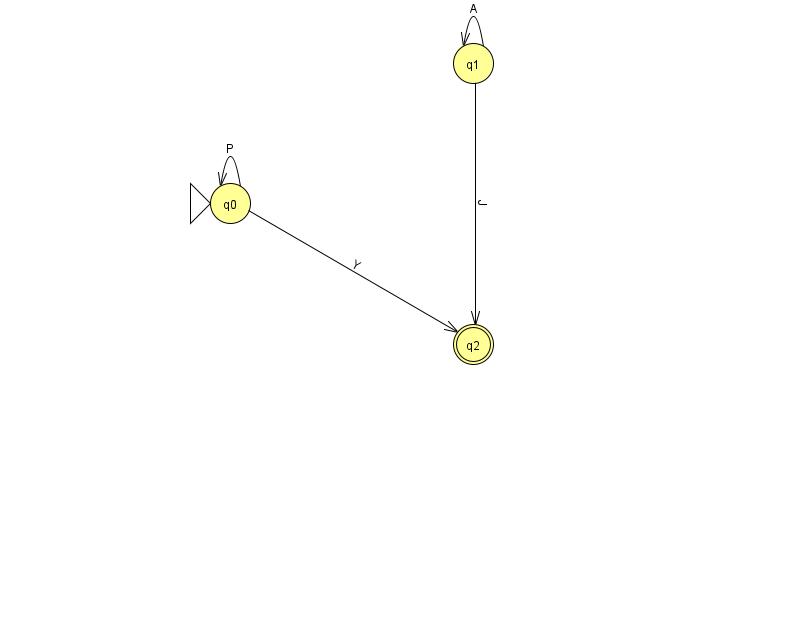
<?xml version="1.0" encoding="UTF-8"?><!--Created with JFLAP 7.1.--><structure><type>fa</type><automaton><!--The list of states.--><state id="0" name="q0"><x>230.0</x><y>190.0</y><initial/></state><state id="1" name="q1"><x>473.0</x><y>50.0</y></state><state id="2" name="q2"><x>473.0</x><y>331.0</y><final/></state><!--The list of transitions.--><transition><from>0</from><to>0</to><read>P</read></transition><transition><from>0</from><to>2</to><read>Y</read></transition><transition><from>1</from><to>1</to><read>A</read></transition><transition><from>1</from><to>2</to><read>J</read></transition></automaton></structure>